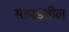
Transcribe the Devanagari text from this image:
सांपडतील